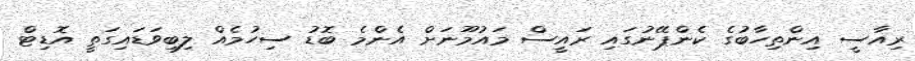
ރިއާސީ އިންތިހާބުގެ ކެންޕޭނުގައި ރައީސް މައުމޫނަށް އެންމެ ބޮޑު ސިހުމެއް ލިބިވަޑައިގަތީ އޮޑިޓް